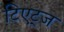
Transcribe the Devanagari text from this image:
टिएट्ज